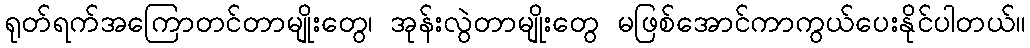
ရုတ်ရက်အကြောတင်တာမျိုးတွေ၊ အုန်းလွဲတာမျိုးတွေ မဖြစ်အောင်ကာကွယ်ပေးနိုင်ပါတယ်။